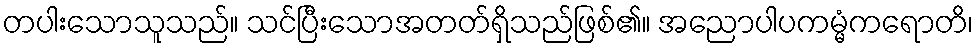
တပါးသောသူသည်။ သင်ပြီးသောအတတ်ရှိသည်ဖြစ်၏။ အညောပါပကမ္မံကရောတိ၊